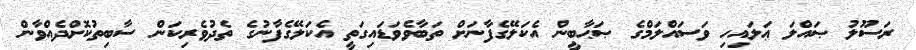
ރަސޫލު ޞައްލަ ޢަލައިހި ވަސައްލަމްގެ ޞަޙާބީން އެކަލޭގެފާނަށް ތަބާވެވަޑައިގަތީ އެކަލޭގެފާނުގެ ތެދުވެރިކަން ސާބިތުކޮށްދެއްވާން